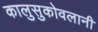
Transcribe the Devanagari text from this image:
कालुसुकोवलानी